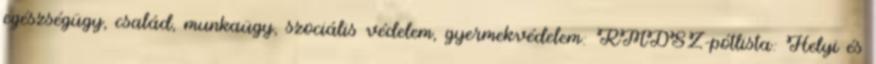
egészségügy, család, munkaügy, szociális védelem, gyermekvédelem: RMDSZ-pótlista: Helyi és